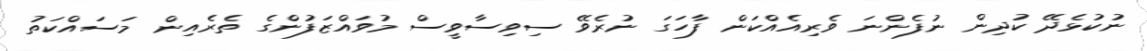
ނުކުޅެދޭ ކުދިން ނުފެންނަ ވެރިއެއްކަން ފާހަގަ ނުރެވޭ ސިވިސާވީސް މުވައްޒަފުންގެ ތެރެއިން މަސައްކަތު